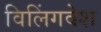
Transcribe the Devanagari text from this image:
विलिंगवेश